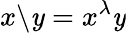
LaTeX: x\backslash\mathit{y}=x^{\lambda}\mathit{y}